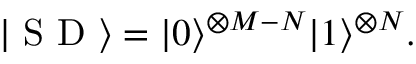
| \mathrm { ~ S ~ D ~ } \rangle = | 0 \rangle ^ { \otimes M - N } | 1 \rangle ^ { \otimes N } .